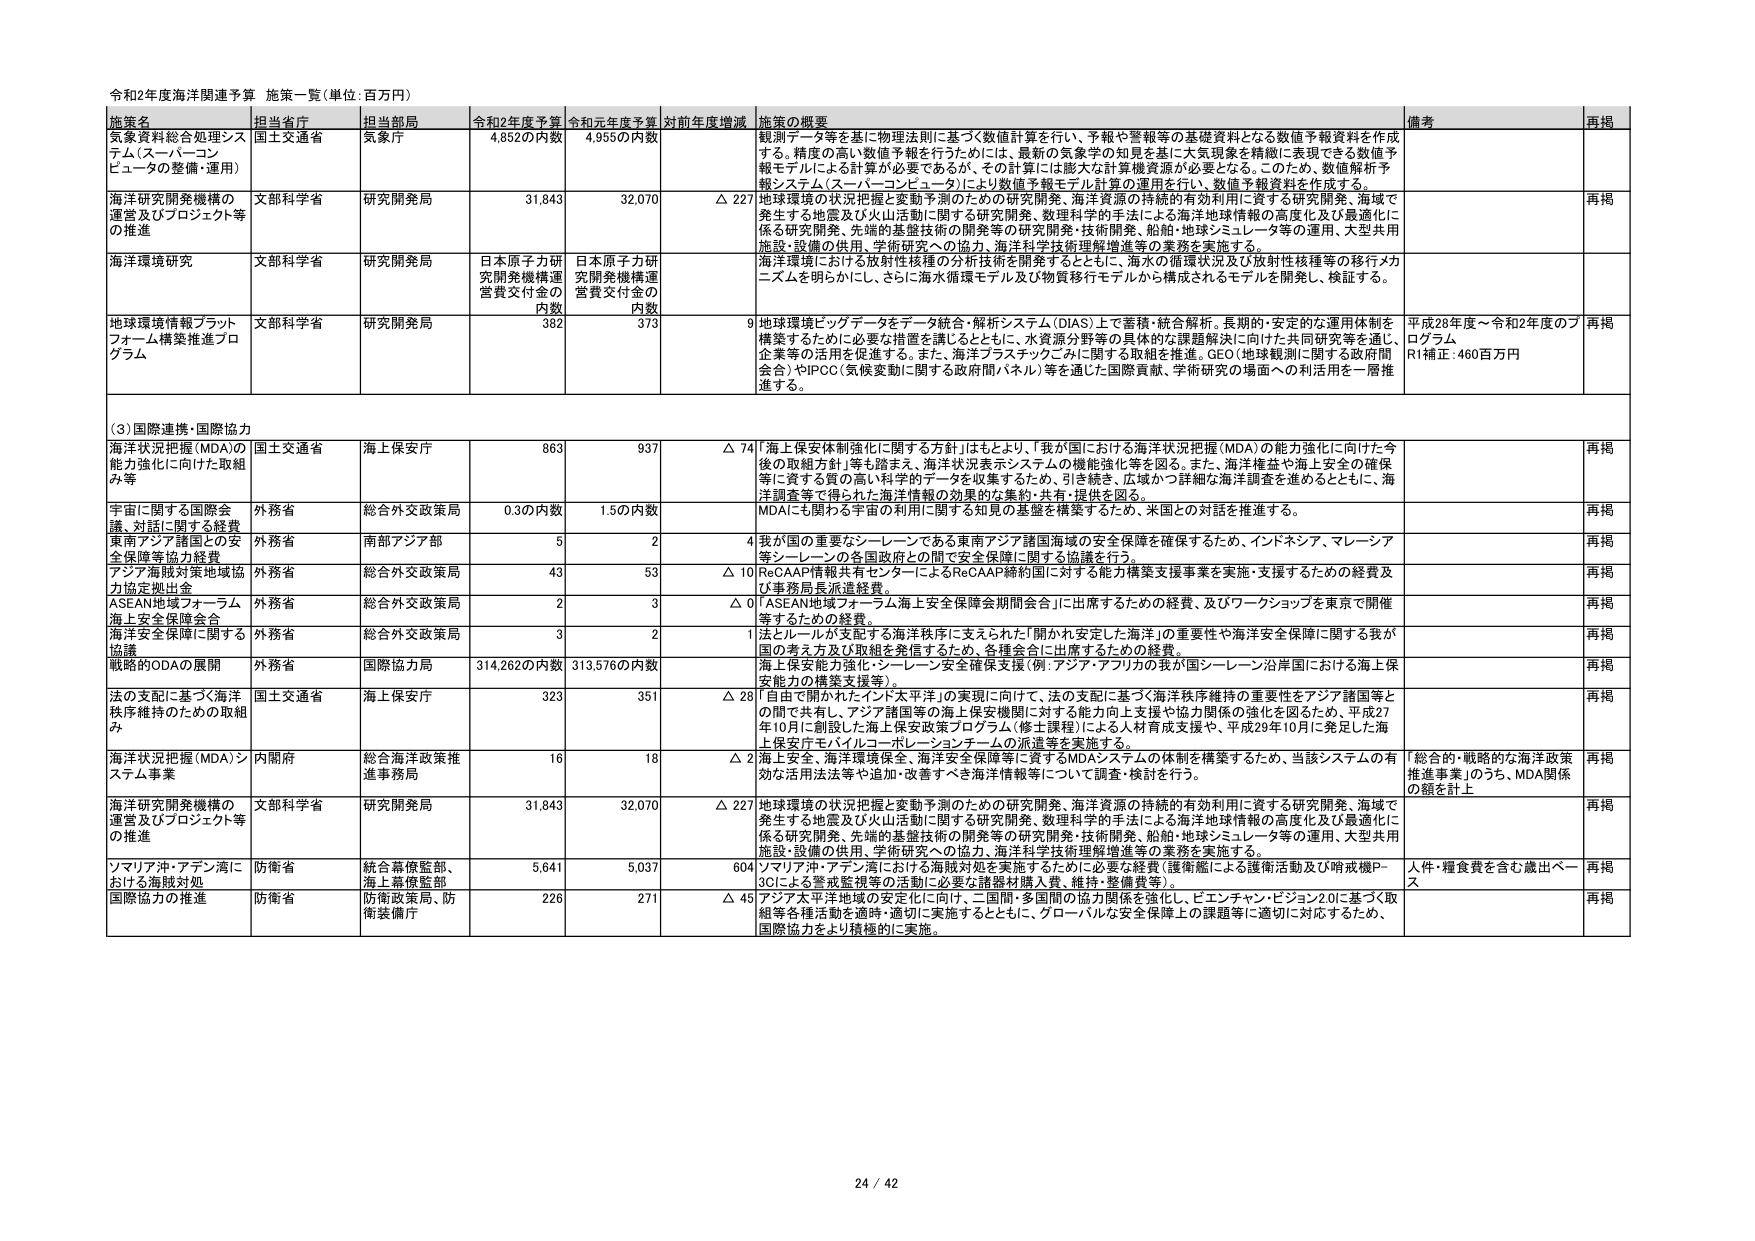
令和2年度海洋関連予算 施策一覧（単位：百万円）

施策名 担当省庁 担当部局 令和2年度予算 令和元年度予算 対前年度増減 施策の概要 備考 再掲

気象資料総合処理システム（スーパーコンピュータの整備・運用） 国土交通省 気象庁 4,852の内数 4,955の内数 観測データ等を基に物理法則に基づく数値計算を行い、予報や警報等の基礎資料となる数値予報資料を作成する。精度の高い数値予報を行うためには、最新の気象学の知見を基に大気現象を精緻に表現できる数値予報モデルによる計算が必要であるが、その計算には膨大な計算機資源が必要となる。このため、数値解析予報システム（スーパーコンピュータ）により数値予報モデル計算の運用を行い、数値予報資料を作成する。

海洋研究開発機構の運営及びプロジェクト等の推進 文部科学省 研究開発局 31,843 32,070 △ 227 地球環境の状況把握と変動予測のための研究開発、海洋資源の持続的有効利用に資する研究開発、海域で発生する地震及び火山活動に関する研究開発、数理科学的手法による海洋地球情報の高度化及び最適化に係る研究開発、先端的基礎技術の開発等の研究開発・技術開発、船舶・地球シミュレータ等の運用、大型共用施設・設備の供用、学術研究への協力、海洋科学技術理解増進等の業務を実施する。 再掲

海洋環境研究 文部科学省 研究開発局 日本原子力研究開発機構運営費交付金の内数 日本原子力研究開発機構運営費交付金の内数 海洋環境における放射性核種の分析技術を開発するとともに、海水の循環状況及び放射性核種等の移行メカニズムを明らかにし、さらに海水循環モデル及び物質移行モデルから構成されるモデルから開発し、検証する。

地球環境情報プラットフォーム構築推進プログラム 文部科学省 研究開発局 382 373 9 地球環境ビッグデータをデータ統合・解析システム（DIAS）上で蓄積・統合解析。長期的・安定的な運用体制を構築するために必要な措置を講じるとともに、水資源分野等の具体的な課題解決に向けた共同研究等を通じ、企業等の活用を促進する。また、海洋プラスチックごみに関する取組を推進。GEO（地球観測に関する政府間会合）やIPCC（気候変動に関する政府間パネル）等を通じた国際貢献、学術研究の場面への利活用を一層推進する。 平成28年度～令和2年度のプログラム R1補正：460百万円 再掲

（3）国際連携・国際協力

海洋状況把握（MDA）の能力強化に向けた取組み等 国土交通省 海上保安庁 863 937 △ 74 「海上保安体制強化に関する方針」はもとより、「我が国における海洋状況把握（MDA）の能力強化に向けた今後の取組方針」等も踏まえ、海洋状況表示システムの機能強化等を図る。また、海洋権益や海上安全の確保等に資する質の高い科学的データを収集するために、引き続き、広域かつ詳細な海洋調査を進めるとともに、海洋調査等で得られた海洋情報の効果的な集約・共有・提供を図る。 再掲

宇宙に関する国際会議、対話に関する経費 外務省 総合外交政策局 0.3の内数 1.5の内数 MDAにも関わる宇宙の利用に関する知見の基盤を構築するため、米国との対話を推進する。 再掲

東南アジア諸国との安全保障等協力経費 外務省 南部アジア部 5 2 4 我が国の重要なシーレーンである東南アジア諸国海域の安全保障を確保するため、インドネシア、マレーシア等シーレーンの各国政府との間で安全保障に関する協議を行う。 再掲

アジア海賊対策地域協力協定拠出金 外務省 総合外交政策局 43 53 △ 10 ReCOAAP情報共有センターによるReCOAAP締約国に対する能力構築支援事業を実施・支援するための経費及び事務局長派遣経費。 再掲

ASEAN地域フォーラム 外務省 総合外交政策局 2 3 △ 0 「ASEAN地域フォーラム海上安全保障会期間合会」に出席するための経費、及びワークショップを東京で開催するための経費。 再掲

海上安全保険会合 外務省 総合外交政策局 3 2 1 法とルールが支配する海洋秩序に支えられた「開かれ安定した海洋」の重要性や海洋安全保障に関する我が国の考え方及び取組を発信するため、各種会合に出席するための経費。 再掲

海洋安全保障に関する協議 外務省 総合外交政策局 海上保安能力強化・シーレーン安全保障支援（例：アジア・アフリカの我が国シーレーン沿岸国における海上保安能力の構築支援等）。 再掲

戦略的ODAの展開 外務省 国際協力局 314,262の内数 313,576の内数 再掲

法の支配に基づく海洋秩序維持のための取組み 国土交通省 海上保安庁 323 351 △ 28 「自由で開かれたインド太平洋」の実現に向けて、法の支配に基づく海洋秩序維持の重要性をアジア諸国等との間で共有し、アジア諸国等の海上保安機関に対する能力向上支援や協力関係の強化を図るため、平成27年10月に創設した海上保安政策プログラム（修士課程）による人材育成支援や、平成29年10月に発足した海上保安庁モバイルコーポレーションチームの派遣等を実施する。 再掲

海洋状況把握（MDA）システム事業 内閣府 総合海洋政策推進事務局 16 18 △ 2 海上安全、海洋環境保全、海洋安全保障等に資するMDAシステムの体制を構築するため、当該システムの有効な活用法等や追加・改善すべき海洋情報等について調査・検討を行う。 「総合的・戦略的な海洋政策推進事業」のうち、MDA関係の額を計上 再掲

海洋研究開発機構の運営及びプロジェクト等の推進 文部科学省 研究開発局 31,843 32,070 △ 227 地球環境の状況把握と変動予測のための研究開発、海洋資源の持続的有効利用に資する研究開発、海域で発生する地震及び火山活動に関する研究開発、数理科学的手法による海洋地球情報の高度化及び最適化に係る研究開発、先端的基礎技術の開発等の研究開発・技術開発、船舶・地球シミュレータ等の運用、大型共用施設・設備の供用、学術研究への協力、海洋科学技術理解増進等の業務を実施する。 再掲

ソマリア沖・アデン湾における海賊対処 防衛省 統合幕僚監部、海上幕僚監部 5,641 5,037 604 ソマリア沖・アデン湾における海賊対処を実施するために必要な経費（護衛艦による護衛活動及び哨戒機P-3Cによる警戒監視等の活動に必要な諸器材購入費、維持・整備費等）。 人件・糧食費を含む歳出ベース 再掲

国際協力の推進 防衛省 防衛政策局、防衛装備庁 226 271 △ 45 アジア太平洋地域の安定化に向け、二国間・多国間の協力関係を強化し、ピエンチャン・ビジョン2.0に基づく取組等各種活動を適時・適切に実施するとともに、グローバルな安全保障上の課題等に適切に対応するため、国際協力をより積極的に実施。 再掲

24 / 42